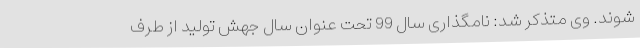
شوند. وی متذکر شد: نامگذاری سال 99 تحت عنوان سال جهش تولید از طرف